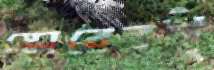
স্কোরেরই